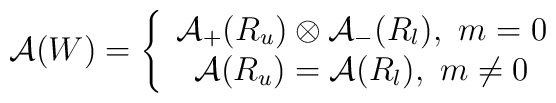
\mathcal{A}(W)=\left\{ \begin{array}{c}\mathcal{A}_{+}(R_{u})\otimes \mathcal{A}_{-}(R_{l}),\,\,m=0 \\ \mathcal{A}(R_{u})=\mathcal{A}(R_{l}),\,\,m\neq 0\end{array}\right.